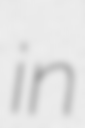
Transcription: in